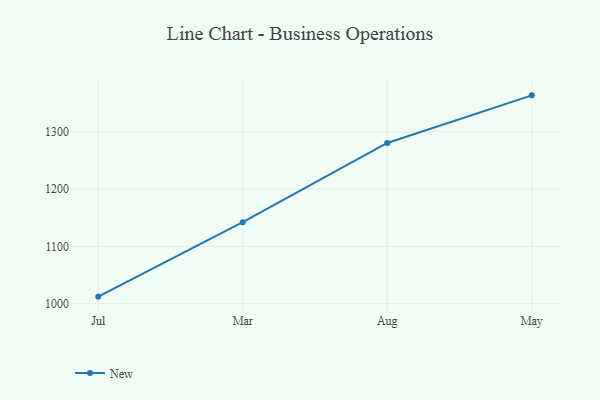
{"axis": {"x": "Month", "y": "Demand Index"}, "legend": ["New"], "data": [{"x": "Jul", "y": 1012.4, "type": "New"}, {"x": "Mar", "y": 1142.3, "type": "New"}, {"x": "Aug", "y": 1280.6, "type": "New"}, {"x": "May", "y": 1363.7, "type": "New"}]}